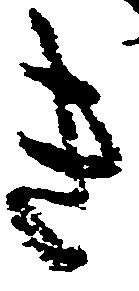
き